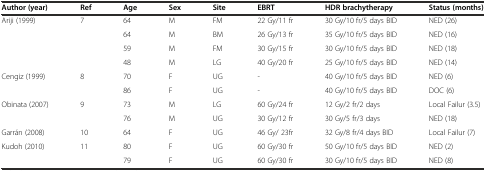
<table><thead><tr><td><b>Author (year)</b></td><td><b>Ref</b></td><td><b>Age</b></td><td><b>Sex</b></td><td><b>Site</b></td><td><b>EBRT</b></td><td><b>HDR brachytherapy</b></td><td><b>Status (months)</b></td></tr></thead><tbody><tr><td>Ariji (1999)</td><td>7</td><td>64</td><td>M</td><td>FM</td><td>22 Gy/11 fr</td><td>30 Gy/10 fr/5 days BID</td><td>NED (26)</td></tr><tr><td></td><td></td><td>64</td><td>M</td><td>BM</td><td>26 Gy/13 fr</td><td>35 Gy/10 fr/5 days BID</td><td>NED (16)</td></tr><tr><td></td><td></td><td>59</td><td>M</td><td>FM</td><td>30 Gy/15 fr</td><td>30 Gy/10 fr/5 days BID</td><td>NED (18)</td></tr><tr><td></td><td></td><td>48</td><td>M</td><td>LG</td><td>40 Gy/20 fr</td><td>25 Gy/10 fr/5 days BID</td><td>NED (14)</td></tr><tr><td>Cengiz (1999)</td><td>8</td><td>70</td><td>F</td><td>UG</td><td>-</td><td>40 Gy/10 fr/5 days BID</td><td>NED (6)</td></tr><tr><td></td><td></td><td>86</td><td>F</td><td>UG</td><td>-</td><td>40 Gy/10 fr/5 days BID</td><td>DOC (6)</td></tr><tr><td>Obinata (2007)</td><td>9</td><td>73</td><td>M</td><td>LG</td><td>60 Gy/24 fr</td><td>12 Gy/2 fr/2 days</td><td>Local Failur (3.5)</td></tr><tr><td></td><td></td><td>76</td><td>M</td><td>UG</td><td>30 Gy/12 fr</td><td>30 Gy/5 fr/3 days</td><td>NED (18)</td></tr><tr><td>Garrán (2008)</td><td>10</td><td>64</td><td>F</td><td>UG</td><td>46 Gy/ 23fr</td><td>32 Gy/8 fr/4 days BID</td><td>Local Failur (7)</td></tr><tr><td>Kudoh (2010)</td><td>11</td><td>80</td><td>F</td><td>UG</td><td>60 Gy/30 fr</td><td>50 Gy/10 fr/5 days BID</td><td>NED (2)</td></tr><tr><td></td><td></td><td>79</td><td>F</td><td>UG</td><td>60 Gy/30 fr</td><td>30 Gy/10 fr/5 days BID</td><td>NED (8)</td></tr></tbody></table>